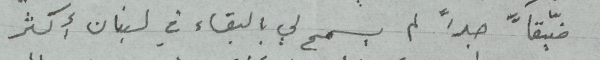
ضيّقاً جداً لم يسمح لي البقاء في لبنان أكثر